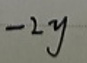
\(-2y\)